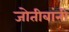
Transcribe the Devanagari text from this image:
जोतीबांनी